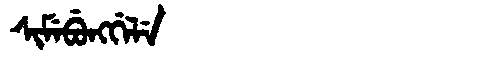
Manchu: ᠰᡳᠮᡝᠪᡠᠩᡤᡝᠯᡝ
Romanization: SIMEBUNGGELE